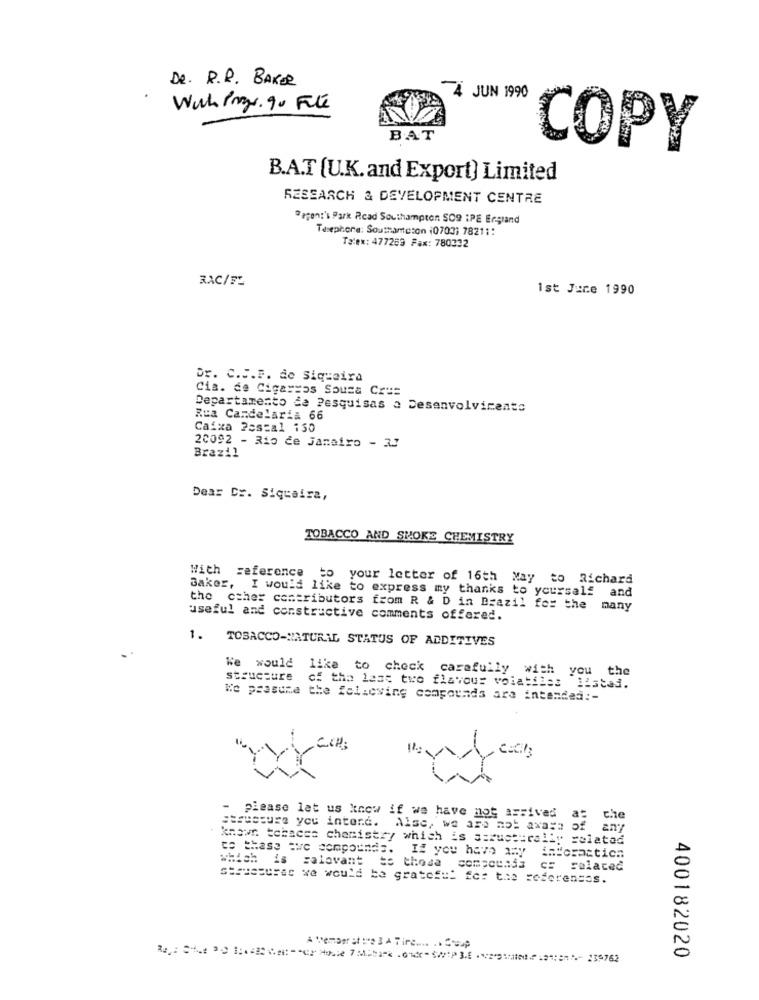
De. R.R. BAKER
4 JUN 1990
Wich Prazo. qu Filé
BAT
COPY
B.A.T (U.K. and Export) Limited
RESEARCH & DEVELOPMENT CENTRE
@agen:'s Park Rcad Southampton SO9 :PE England
Telephone: Southampton (07031 78211:
Ta:ex: 477253 Fax: 780332
RXC/FL
1st June 1990
Dr. C.J.F. de Siqueira
Cia. de Cigarsas Souza Cr ==
Departamento de Pesquisas a Desenvolvicento
Rua Candelaria 66
Caixa Postal 150
Brazil
20092 - Rio de janeiro - 3J
Dear Cr. Siqueira,
TOBACCO AND SMOKE CHEMISTRY
With reference to your letter of 16th May to Richard
Baker, I would like to express my thanks to yourself and
the other contributors from R & D in Brazil for the many
useful and constructive comments offered.
1. TOBACCO-NATURAL STATUS OF ADDITIVES
We would like to check carefully with you the
structure
of the last two flavour volatiles listed.
We psasume the following compounds are intended :-
- please let us know if we have not assived
a:
che
Structure you intend. Alse, we are not axasa of any
known tobeces chemistry which is structurally related
co thass que compounds.
IZ you have any
imforaction
which is zalovant te those compounds cs related
structures we would be grateful for the references.
lemonstro3 Tire.
400182020